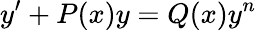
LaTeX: y^{\prime}+P(x)y=Q(x)y^{n}